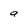
Character: a